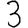
Digit: 3